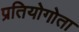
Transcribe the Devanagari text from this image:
प्रतियोगोता